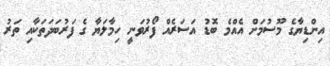
އިންޑިޔާގެ މޫސުމަށް އެއްމެ ބޮޑު އަސަރެއް ފޯރުވަނީ ހިމާލަޔާ ގެ ފަރުބަދަތަކާއި ތަރު